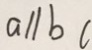
a / / b c